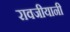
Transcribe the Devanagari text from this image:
रावजीयानी